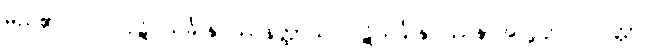
မည်၏။ လ။ ပုဋိ သင်္ခါနုပဿနတ္ထာယ၊ ပဋိသင်္ခါနုပဿနာအလို့ငှာ။ ပဝတ္တာ၊